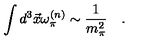
\int d ^ { 3 } \vec { x } \omega _ { \pi } ^ { ( n ) } \sim \frac { 1 } { m _ { \pi } ^ { 2 } } \quad .